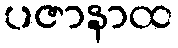
ပဇာနာထ